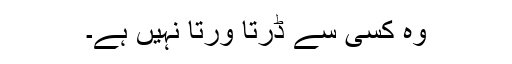
وہ کسی سے ڈرتا ورتا نہیں ہے۔